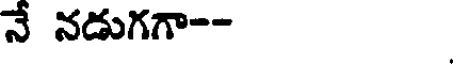
నే నడుగగా--